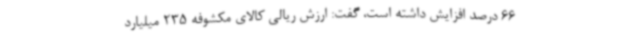
66 درصد افزایش داشته است، گفت: ارزش ریالی کالای مکشوفه 235 میلیارد